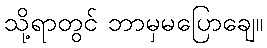
သို့ရာတွင် ဘာမှမပြောချေ။